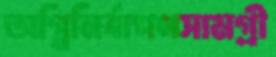
অগ্নিনির্বাপণসামগ্রী